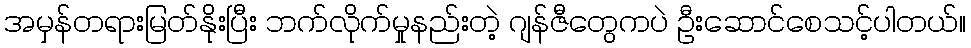
အမှန်တရားမြတ်နိုးပြီး ဘက်လိုက်မှုနည်းတဲ့ ဂျန်ဇီတွေကပဲ ဦးဆောင်စေသင့်ပါတယ်။